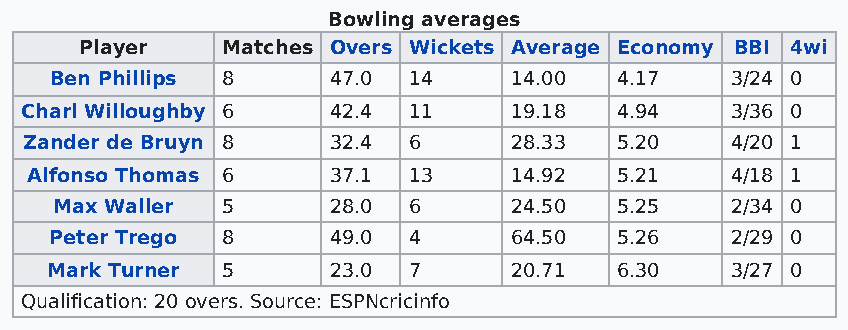
Bowling averages
 Player    Matches Overs Wickets Average Economy BBI 4wi
 Ben Phillips 8     47.0 14     14.00  4.17   3/24 0
 Charl Willoughby 6   42.4 11     19.18  4.94   3/36 0
 Zander de Bruyn 8   32.4 6      28.33  5.20   4/20 1
 Alfonso Thomas 6    37.1 13     14.92  5.21   4/18 1
 Max Waller  5      28.0 6      24.50  5.25   2/34 0
 Peter Trego 8      49.0 4      64.50  5.26   2/29 0
 Mark Turner 5      23.0 7      20.71  6.30   3/27 0
 Qualification: 20 overs. Source: ESPNcricinfo